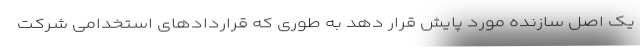
یک اصل سازنده مورد پایش قرار دهد به طوری که قرارداد‌های استخدامی شرکت